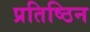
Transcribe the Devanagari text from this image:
प्रतिष्ठिन